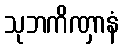
သုဘကိဏှာနံ